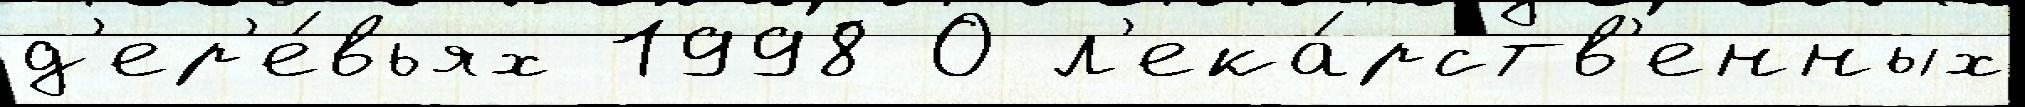
д'ер'е́вьях 1998 О л'ека́рств'енных